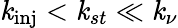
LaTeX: \mathit{k}_{\textrm{{inj}}}<\mathit{k}_{st}\ll\mathit{k}_{\nu}